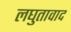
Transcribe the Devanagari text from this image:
लघुतावाद